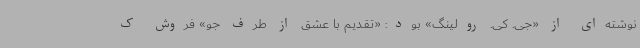
نوشته‌ای از «جی. کی. رولینگ» بود: «تقدیم با عشق از طرف جو» فروش ک